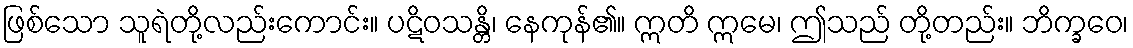
ဖြစ်သော သူရဲတို့လည်းကောင်း။ ပဋိဝသန္တိ၊ နေကုန်၏။ ဣတိ ဣမေ၊ ဤသည် တို့တည်း။ ဘိက္ခဝေ၊